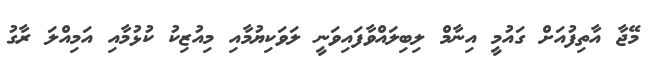
މޭޖާ އާތިފުއަށް ގައުމީ އިނާމް ލިބިލައްވާފައިވަނީ ލަވަކިޔުމާއި މިއުޒިކު ކުޅުމާއި އަމިއްލަ ރާގު